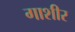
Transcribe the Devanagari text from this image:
गाशीर